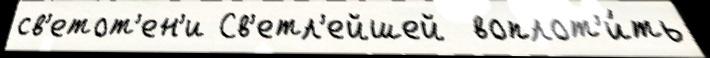
св'етот'ен'и Св'етл'ейшей  воплот'и́ть